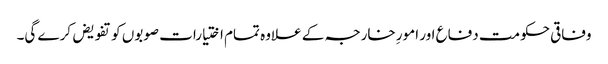
وفاقی حکومت دفاع اور امورِ خارجہ کے علاوہ تمام اختیارات صوبوں کو تفویض کرے گی۔